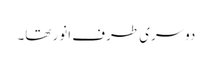
دوسری طرف انور تھا۔